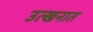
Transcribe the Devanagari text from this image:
उत्खनात